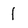
Character: 1